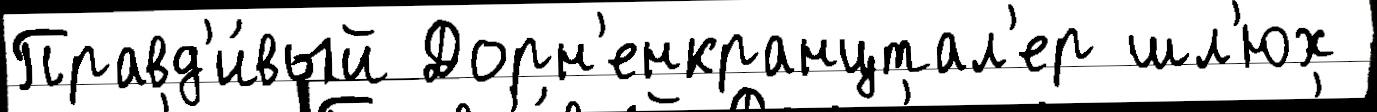
Правд'и́вый Дорн'енкранцтал'ер шл'юх